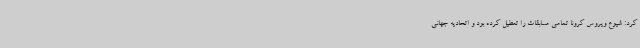
کرد: شیوع ویروس کرونا تمامی مسابقات را تعطیل کرده بود و اتحادیه جهانی